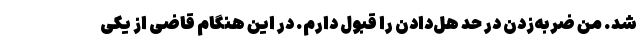
شد. من ضربه‌زدن در حد هل‌دادن را قبول دارم. در این هنگام قاضی از یکی